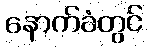
နောက်ခံတွင်